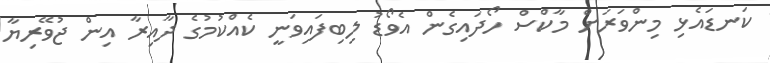
ކަނޑައެޅި މިންވަރަށް މާކްސް ހޯދައިގެން އެވޯޑު ލިބިފައިވަނީ ކެއްކުމުގެ ދާއިރާ އިން ޖުވޭރިޔާ